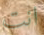
انت